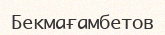
Бекмағамбетов